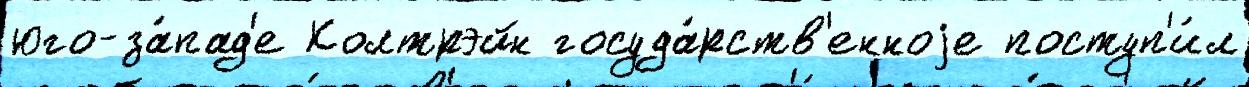
юго-за́пад'е Колтрэйн госуда́рств'енноjе поступ'и́л